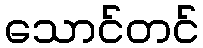
သောင်တင်